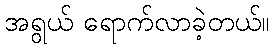
အရွယ် ရောက်လာခဲ့တယ်။